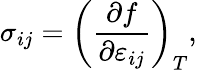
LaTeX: \sigma_{ij}=\left({\frac{\partial f}{\partial\varepsilon_{ij}}}\right)_{T},